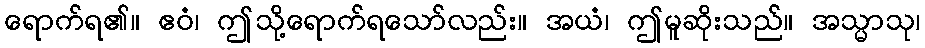
ရောက်ရ၏။ ဧဝံ၊ ဤသို့ရောက်ရသော်လည်း။ အယံ၊ ဤမူဆိုးသည်။ အသ္မာသု၊